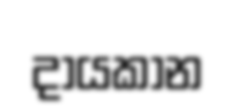
දායකාන